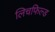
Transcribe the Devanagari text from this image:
लिचफिल्ड